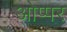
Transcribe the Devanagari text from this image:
ओप्पर